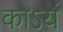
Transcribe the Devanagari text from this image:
कोऽयं